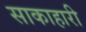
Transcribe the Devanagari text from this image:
साकाहारी